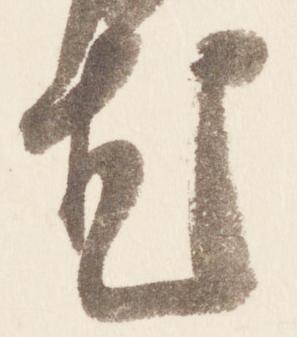
尤